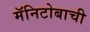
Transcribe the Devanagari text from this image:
मॅनिटोबाची